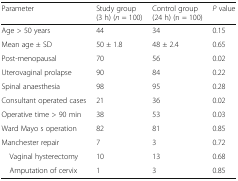
<table><thead><tr><td><b>Parameter</b></td><td><b>Study group (3 h) (<i>n</i> = 100)</b></td><td><b>Control group (24 h) (n = 100)</b></td><td><b><i>P</i> value</b></td></tr></thead><tbody><tr><td>Age &gt; 50 years</td><td>44</td><td>34</td><td>0.15</td></tr><tr><td>Mean age ± SD</td><td>50 ± 1.8</td><td>48 ± 2.4</td><td>0.65</td></tr><tr><td>Post-menopausal</td><td>70</td><td>56</td><td>0.02</td></tr><tr><td>Uterovaginal prolapse</td><td>90</td><td>84</td><td>0.22</td></tr><tr><td>Spinal anaesthesia</td><td>98</td><td>95</td><td>0.28</td></tr><tr><td>Consultant operated cases</td><td>21</td><td>36</td><td>0.02</td></tr><tr><td>Operative time &gt; 90 min</td><td>38</td><td>53</td><td>0.03</td></tr><tr><td>Ward Mayo s operation</td><td>82</td><td>81</td><td>0.85</td></tr><tr><td>Manchester repair</td><td>7</td><td>3</td><td>0.72</td></tr><tr><td> Vaginal hysterectomy</td><td>10</td><td>13</td><td>0.68</td></tr><tr><td> Amputation of cervix</td><td>1</td><td>3</td><td>0.85</td></tr></tbody></table>